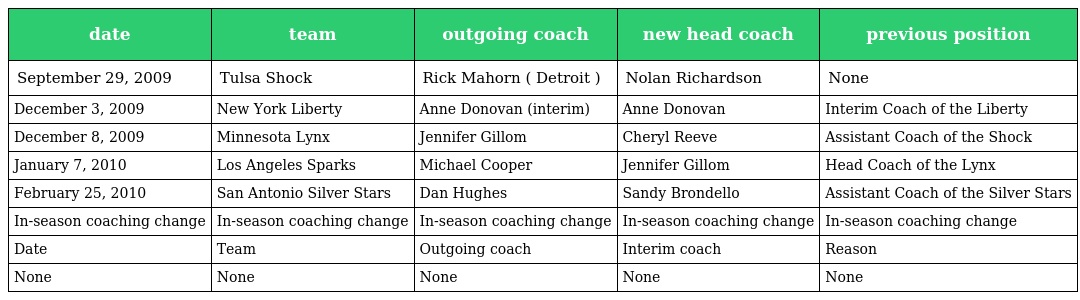
| date | team | outgoing coach | new head coach | previous position |
 | --- | --- | --- | --- | --- |
 | September 29, 2009 | Tulsa Shock | Rick Mahorn ( Detroit ) | Nolan Richardson | None |
 | December 3, 2009 | New York Liberty | Anne Donovan (interim) | Anne Donovan | Interim Coach of the Liberty |
 | December 8, 2009 | Minnesota Lynx | Jennifer Gillom | Cheryl Reeve | Assistant Coach of the Shock |
 | January 7, 2010 | Los Angeles Sparks | Michael Cooper | Jennifer Gillom | Head Coach of the Lynx |
 | February 25, 2010 | San Antonio Silver Stars | Dan Hughes | Sandy Brondello | Assistant Coach of the Silver Stars |
 | In-season coaching change | In-season coaching change | In-season coaching change | In-season coaching change | In-season coaching change |
 | Date | Team | Outgoing coach | Interim coach | Reason |
 | None | None | None | None | None |